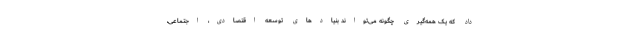
داد که یک همه‌گیری چگونه می‌تواند بنیادهای توسعه اقتصادی، اجتماعی،